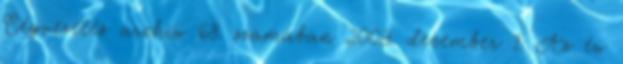
Cégvezetés archív 68. számában 2003. december 1. Az év